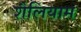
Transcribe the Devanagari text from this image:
शैलियाम